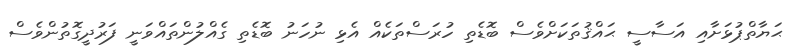
ޙަޔާތްޕުޅަށާއި އަސާސީ ޙައްޤުތަކަށްވެސް ބޮޑެތި ހުރަސްތަކެއް އެޅި ނުހަނު ބޮޑެތި ގެއްލުންތައްވަނީ ފަރުދީގޮތުންވެސް